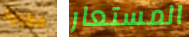
مقبرة المستعار